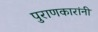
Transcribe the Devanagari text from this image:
पुराणकारांनी